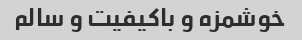
خوشمزه و باکیفیت و سالم